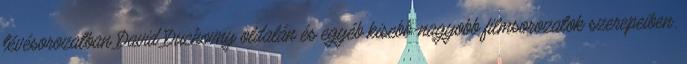
tévésorozatban David Duchovny oldalán és egyéb kisebb-nagyobb filmsorozatok szerepeiben.